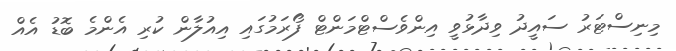
މިނިސްޓަރު ސައީދު ވިދާޅުވީ އިންވެސްޓްމަންޓް ފޯރަމުގައި އިއުލާން ކުރި އެންމެ ބޮޑު އެއް